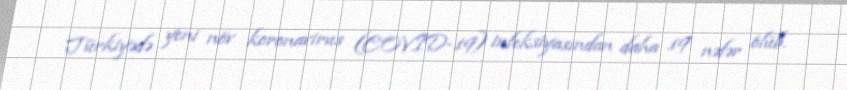
Türkiyədə yeni növ koronavirus (COVID-19) infeksiyasından daha 19 nəfər ölüb.